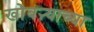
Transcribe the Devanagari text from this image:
खोबऱ्याच्या